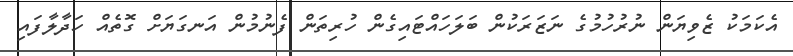
އެކަމަކު ޒެވިޔަން ނުރުހުމުގެ ނަޒަރަކުން ބަލަހައްޓައިގެން ހުރިތަން ފެނުމުން އަނގަޔަށް ގޮތެއް ހަދާލާފައި